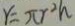
r = \pi r ^ { 2 } h